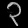
Digit: ၃